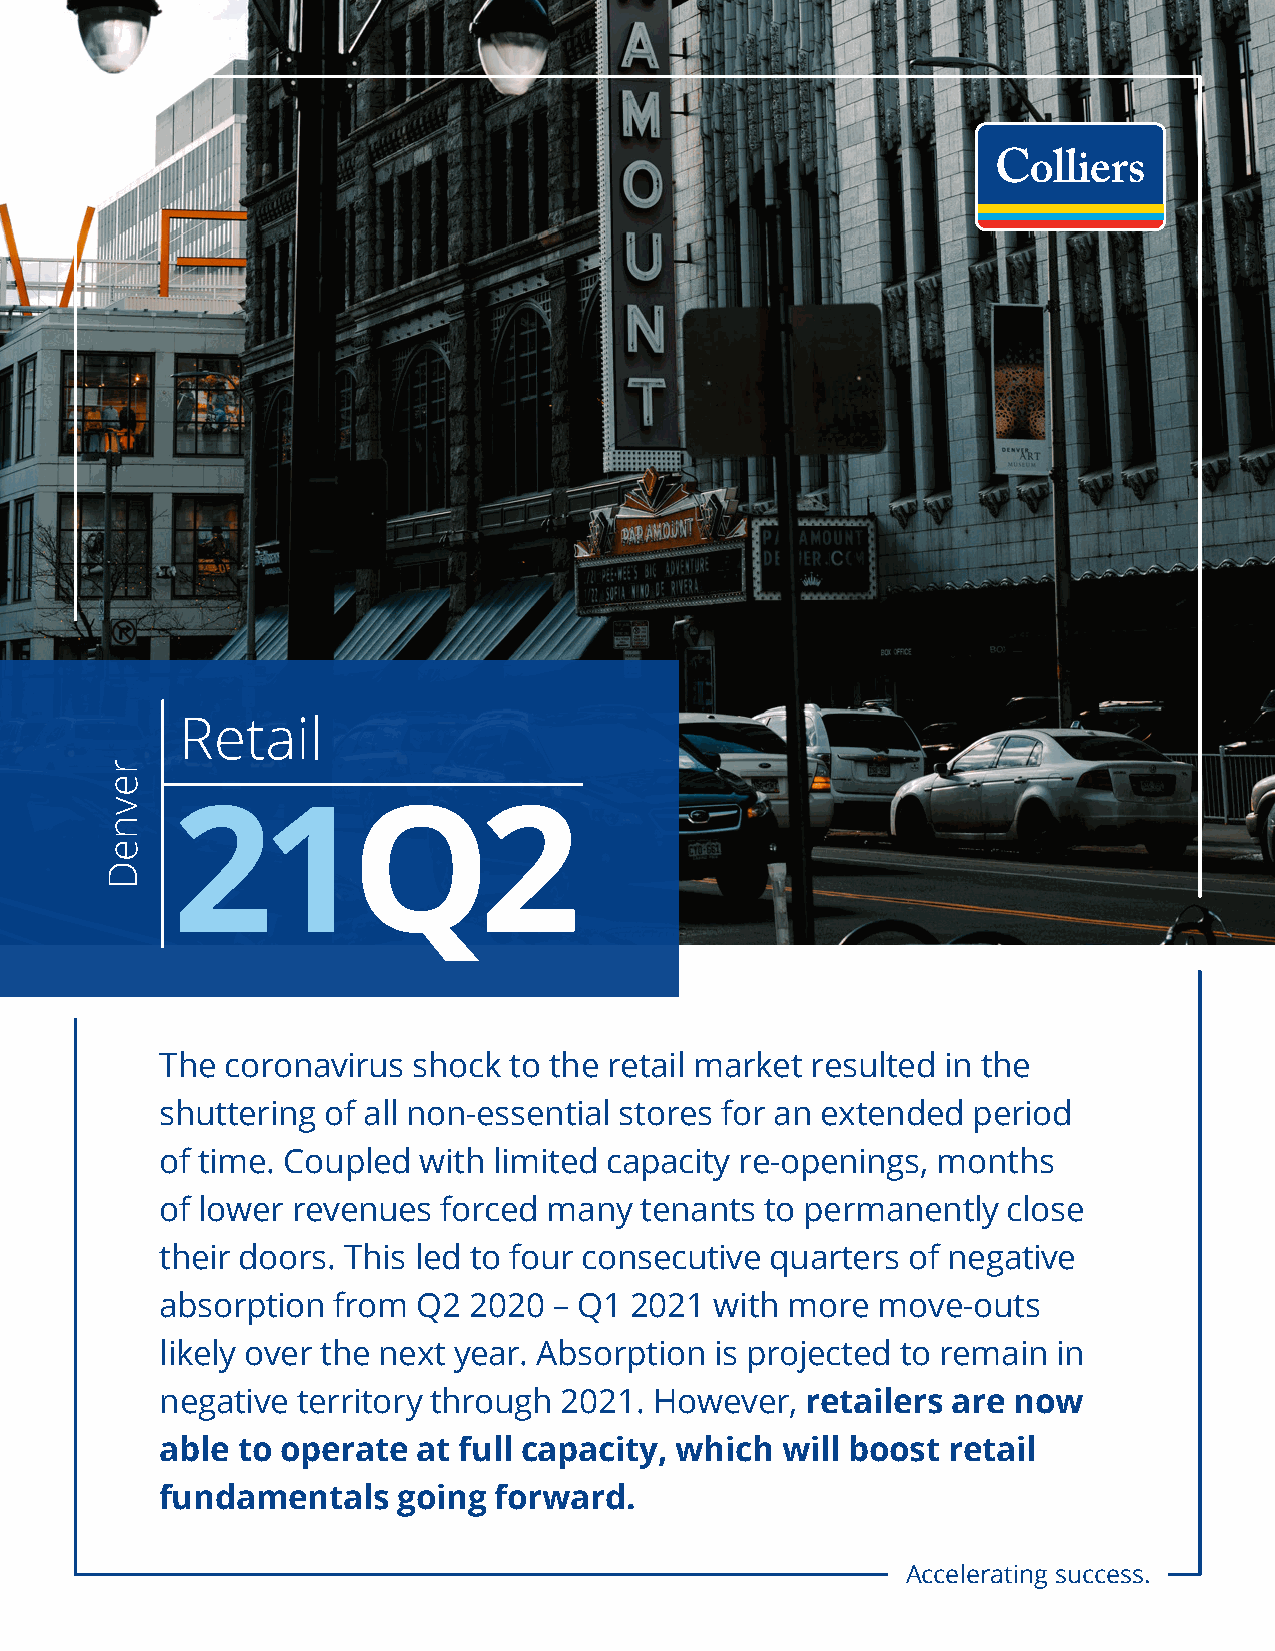
Retail
 21Q2
 The coronavirus shock  to the retail market resulted in the
 shuttering of all non-essential stores for an extended period
 of time. Coupled with limited capacity re-openings, months
 of lower revenues forced many  tenants  to permanently  close
 their doors. This led to four consecutive quarters of negative
 absorption from  Q2 2020  – Q1 2021 with more  move-outs
 likely over the next year. Absorption is projected to remain in
 negative territory through 2021. However, retailers are now
 able to operate  at full capacity, which will boost retail
 fundamentals   going  forward.
 Accelerating success.
 revneD